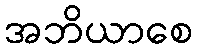
အဘိယာစေ